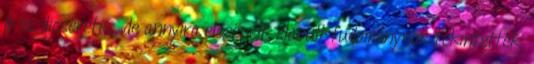
jó és dicséretes, de annyira elcsépelt, elavult tudománynak tekintették,